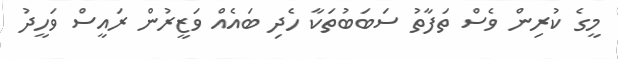
މީގެ ކުރިން ވެސް ތަފާތު ސަބަބުތަކާ ހެދި ބައެއް ވަޒީރުން ރައީސް ވަހީދު